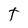
Character: T